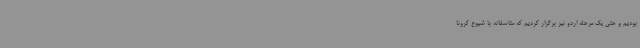
بودیم و حتی یک مرحله اردو نیز برگزار کردیم که متاسفانه با شیوع کرونا